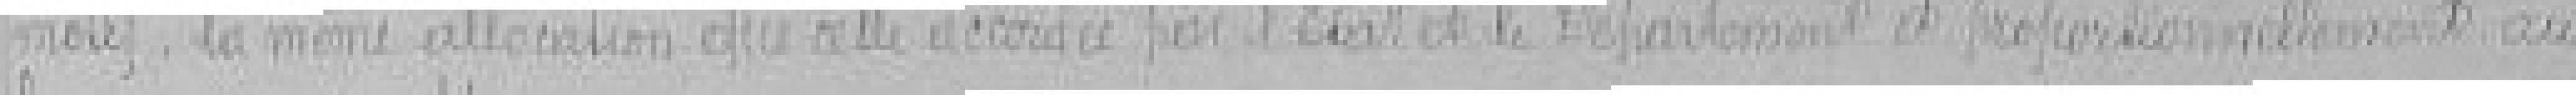
motif, la même allocation que celle accordée par l'Etat et le Département et proportionnellement aux